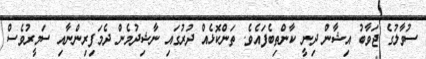
ސުވާލުގެ ޖަވާބު އިޝާން ދިނީ ކާންތިބެފައެވެ. ތަންކޮޅެއް ދުރުގައި ނާޝިދުމެން ދެމަފިރިންނާއި ސަމީރުވެސް